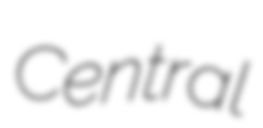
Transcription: Central